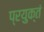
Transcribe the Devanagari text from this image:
प्रयुक्तं